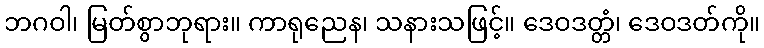
ဘဂဝါ၊ မြတ်စွာဘုရား။ ကာရုညေန၊ သနားသဖြင့်။ ဒေဝဒတ္တံ၊ ဒေဝဒတ်ကို။